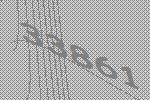
33861